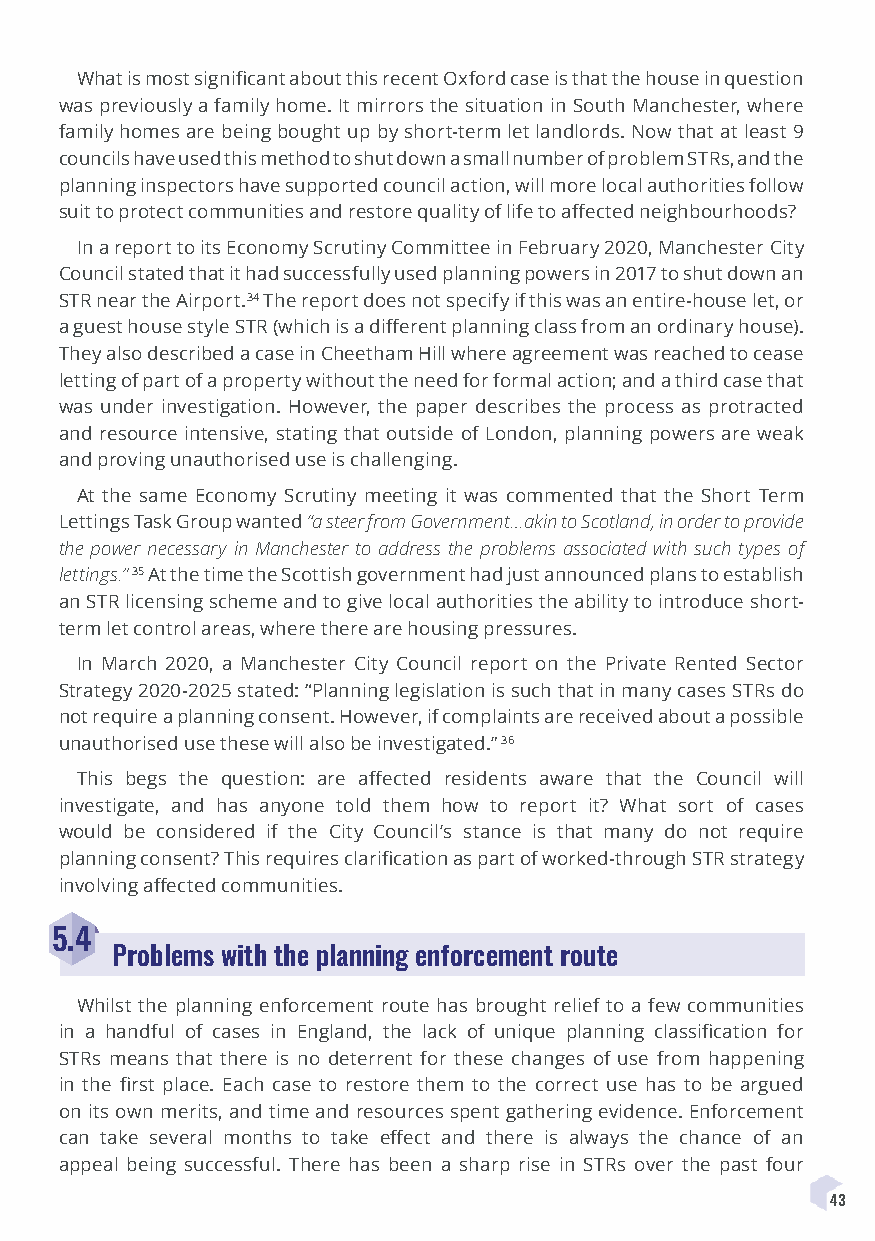
What is most significant about this recent Oxford case is that the house in question
 was previously a family home. It mirrors the situation in South Manchester, where
 family homes are being bought up by short-term let landlords. Now that at least 9
 councils have used this method to shut down a small number of problem STRs, and the
 planning inspectors have supported council action, will more local authorities follow
 suit to protect communities and restore quality of life to affected neighbourhoods?
 In a report to its Economy Scrutiny Committee in February 2020, Manchester City
 Council stated that it had successfully used planning powers in 2017 to shut down an
 STR near the Airport.34 The report does not specify if this was an entire-house let, or
 a guest house style STR (which is a different planning class from an ordinary house).
 They also described a case in Cheetham Hill where agreement was reached to cease
 letting of part of a property without the need for formal action; and a third case that
 was under investigation. However, the paper describes the process as protracted
 and resource intensive, stating that outside of London, planning powers are weak
 and proving unauthorised use is challenging.
 At the same Economy Scrutiny meeting it was commented that the Short Term
 Lettings Task Group wanted “a steer from Government…akin to Scotland, in order to provide
 the power necessary in Manchester to address the problems associated with such types of
 lettings.” 35 At the time the Scottish government had just announced plans to establish
 an STR licensing scheme and to give local authorities the ability to introduce short-
 term let control areas, where there are housing pressures.
 In March 2020, a Manchester City Council report on the Private Rented Sector
 Strategy 2020-2025 stated: “Planning legislation is such that in many cases STRs do
 not require a planning consent. However, if complaints are received about a possible
 unauthorised use these will also be investigated.” 36
 This begs the question: are affected residents aware that the Council will
 investigate, and has anyone told them how to report it? What sort of cases
 would be considered if the City Council’s stance is that many do not require
 planning consent? This requires clarification as part of worked-through STR strategy
 involving affected communities.
 5.4
 Problems with the planning enforcement route
 Whilst the planning enforcement route has brought relief to a few communities
 in a handful of cases in England, the lack of unique planning classification for
 STRs means that there is no deterrent for these changes of use from happening
 in the first place. Each case to restore them to the correct use has to be argued
 on its own merits, and time and resources spent gathering evidence. Enforcement
 can take several months to take effect and there is always the chance of an
 appeal being successful. There has been a sharp rise in STRs over the past four
 43